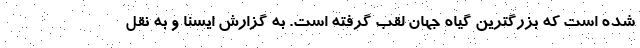
شده است که بزرگترین گیاه جهان لقب گرفته است. به گزارش ایسنا و به نقل